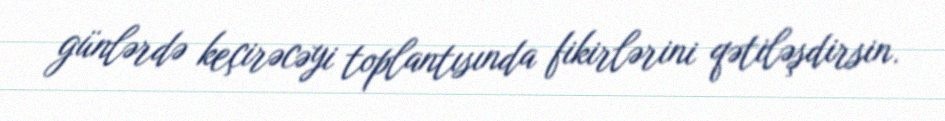
günlərdə keçirəcəyi toplantısında fikirlərini qətiləşdirsin.